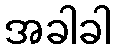
အခါခါ